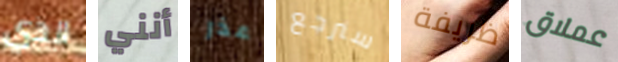
الذي أنني عذر سنرجع ظريفة عملاق